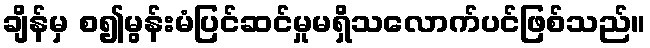
ချိန်မှ စ၍မွန်းမံပြင်ဆင်မှုမရှိသလောက်ပင်ဖြစ်သည်။